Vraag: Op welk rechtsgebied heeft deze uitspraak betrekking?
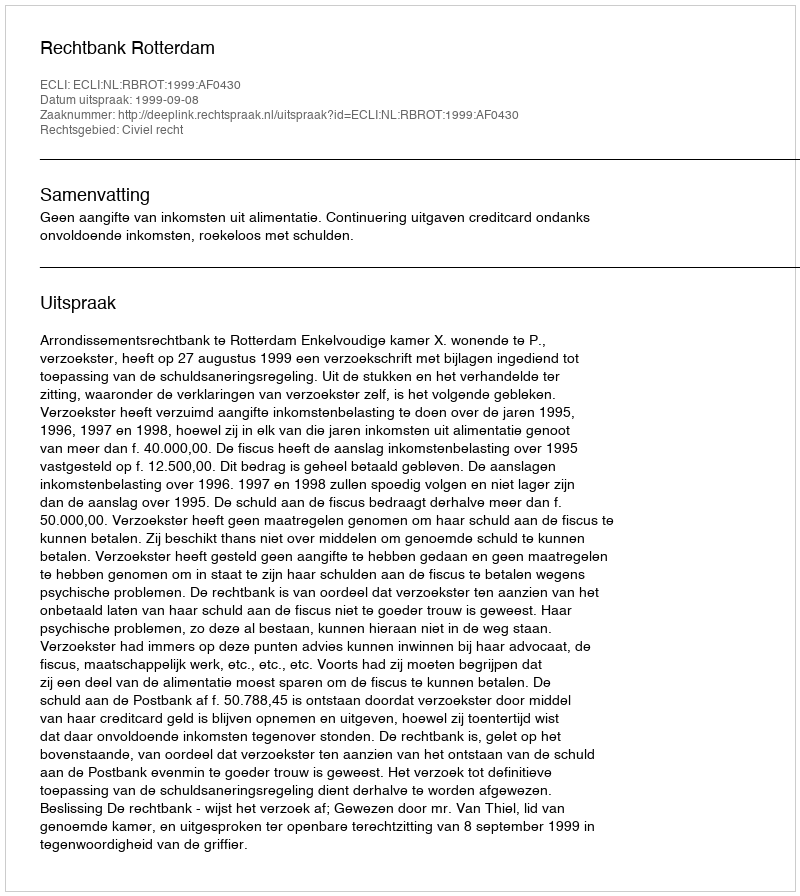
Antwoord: Civiel recht